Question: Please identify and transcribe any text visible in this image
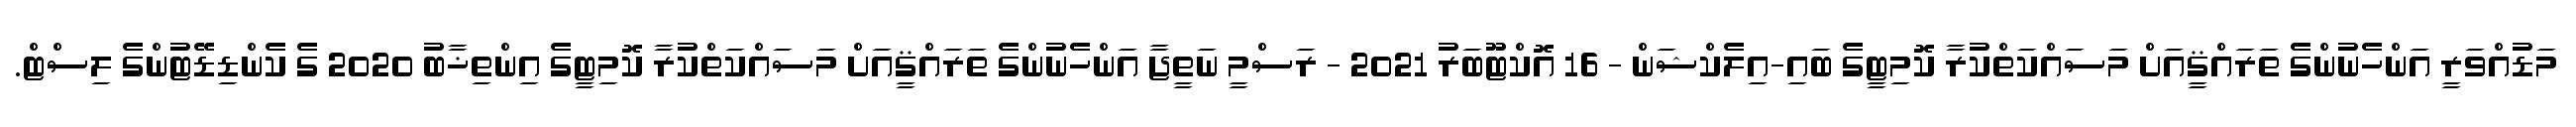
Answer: މަޑުއްވަރީ އަންހެނުންގެ ތަރައްޤީއަށް މަސައްކަތްކުރާ ކޮމިޓީގެ ބައި-އިލެކްޝަން - 16 އޮކްޓޫބަރު 2021 - ރަސްމީ ނަތީޖާ އަންހެނުންގެ ތަރައްޤީއަށް މަސައްކަތްކުރާ ކޮމިޓީގެ އިންތިޚާބު 2020 ގެ ކެންޑިޑޭޓުންގެ ލިސްޓް.